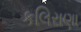
કલિરાણા